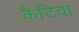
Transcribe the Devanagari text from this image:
कैटिवा